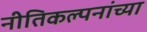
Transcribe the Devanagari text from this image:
नीतिकल्पनांच्या